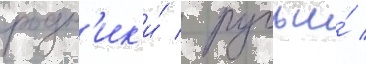
родн'ик'и́ / ручьи́ /